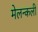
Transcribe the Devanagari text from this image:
मेलन्कली